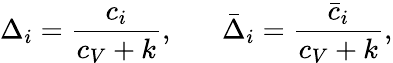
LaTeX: \Delta_{i}={\frac{c_{i}}{c_{V}+k}},\; \; \; \; \; \; \bar{\Delta}_{i}={\frac{\bar{c}_{i}}{c_{V}+k}},